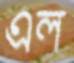
এল